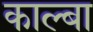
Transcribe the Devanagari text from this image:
काल्बा